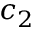
c _ { 2 }